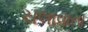
ચલાવાતા